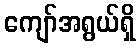
ကျော်အရွယ်ရှိ